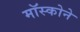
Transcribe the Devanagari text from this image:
मॉस्कोने